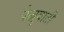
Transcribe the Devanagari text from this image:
फेब्रुवाती